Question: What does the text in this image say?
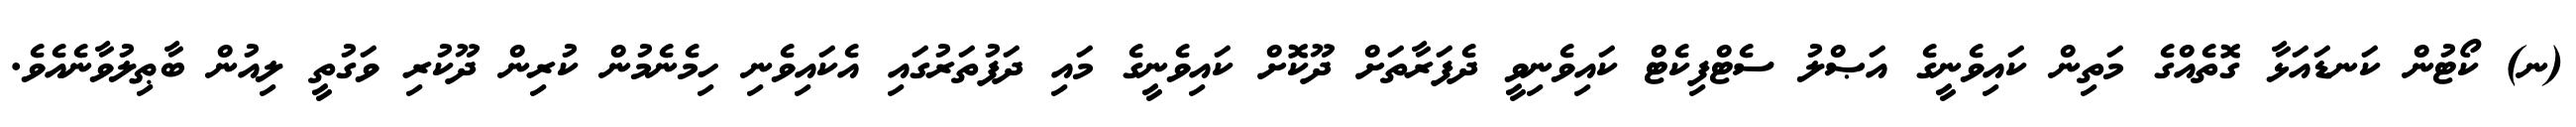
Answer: (ނ) ކޯޓުން ކަނޑައަޅާ ގޮތެއްގެ މަތިން ކައިވެނީގެ އަޞްލު ސެޓްފިކެޓް ކައިވެނިވީ ދެފަރާތަށް ދޫކޮށް ކައިވެނީގެ މައި ދަފުތަރުގައި އެކައިވެނި ހިމެނެމުން ކުރިން ދޫކުރި ވަގުތީ ލިއުން ބާޠިލުވާނެއެވެ.